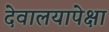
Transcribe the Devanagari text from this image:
देवालयापेक्षा